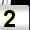
Digit: 2